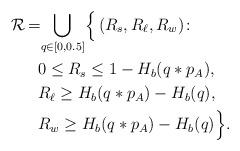
LaTeX: \begin{align*}\mathcal{R}_{}\! =\! &\bigcup_{q\in[0,0.5]}\!\Big\{\left(R_s,R_\ell,R_w\right)\!\colon\!\\&0\leq R_s\leq 1- H_b(q*p_A),\\&R_\ell\geq H_b(q*p_A)- H_b(q),\\&R_w\geq H_b(q*p_A)- H_b(q)\Big\}.\end{align*}